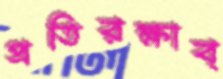
প্রতিরক্ষাব্